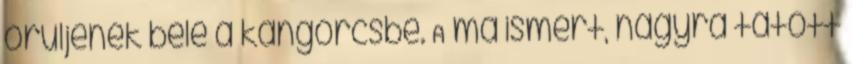
őrüljenek bele a kangörcsbe. A ma ismert, nagyra tátott